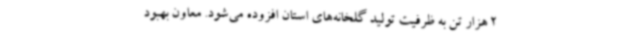
2 هزار تن به ظرفیت تولید گلخانه‌های استان افزوده می‌شود. معاون بهبود